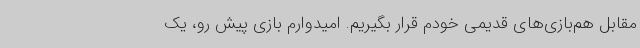
مقابل هم‌بازی‌های قدیمی خودم قرار بگیریم. امیدوارم بازی پیش رو، یک